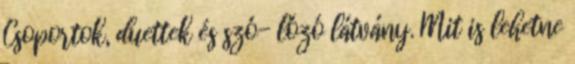
Csoportok, duettek és szó- lózó látvány. Mit is lehetne